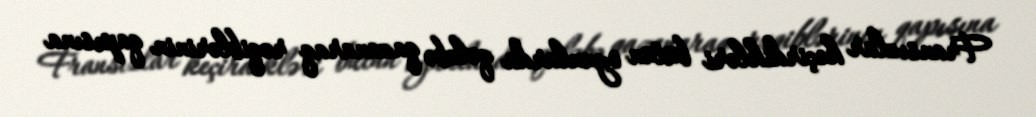
Fransızlar keçirdikləri bütün oyunlarda qələbə qazanaraq rəqiblərinin qapısına